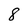
Character: 8